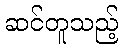
ဆင်တူသည့်